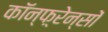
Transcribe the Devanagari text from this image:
कॉन्फ़्रेन्सों